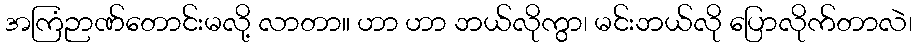
အကြံဉာဏ်တောင်းမလို့ လာတာ။ ဟာ ဟာ ဘယ်လိုကွာ၊ မင်းဘယ်လို ပြောလိုက်တာလဲ၊